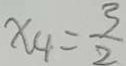
x _ { 4 } = \frac { 3 } { 2 }